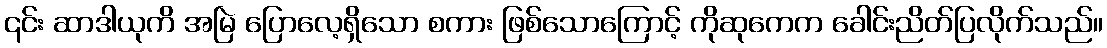
၎င်း ဆာဒါယုကိ အမြဲ ပြောလေ့ရှိသော စကား ဖြစ်သောကြောင့် ကိုဆုကေက ခေါင်းညိတ်ပြလိုက်သည်။